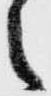
之